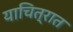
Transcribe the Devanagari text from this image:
याचित्रात